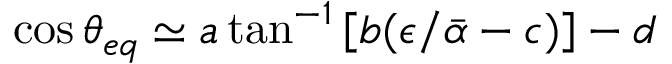
\cos { \theta _ { e q } } \simeq a \tan ^ { - 1 } { \left[ b ( \epsilon / \bar { \alpha } - c ) \right] } - d